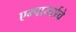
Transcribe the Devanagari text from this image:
एम्पायर्सचे